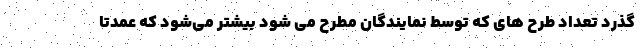
گذرد تعداد طرح های که توسط نمایندگان مطرح می شود بیشتر می‌شود که عمدتا